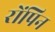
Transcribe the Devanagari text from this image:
रोंपिन